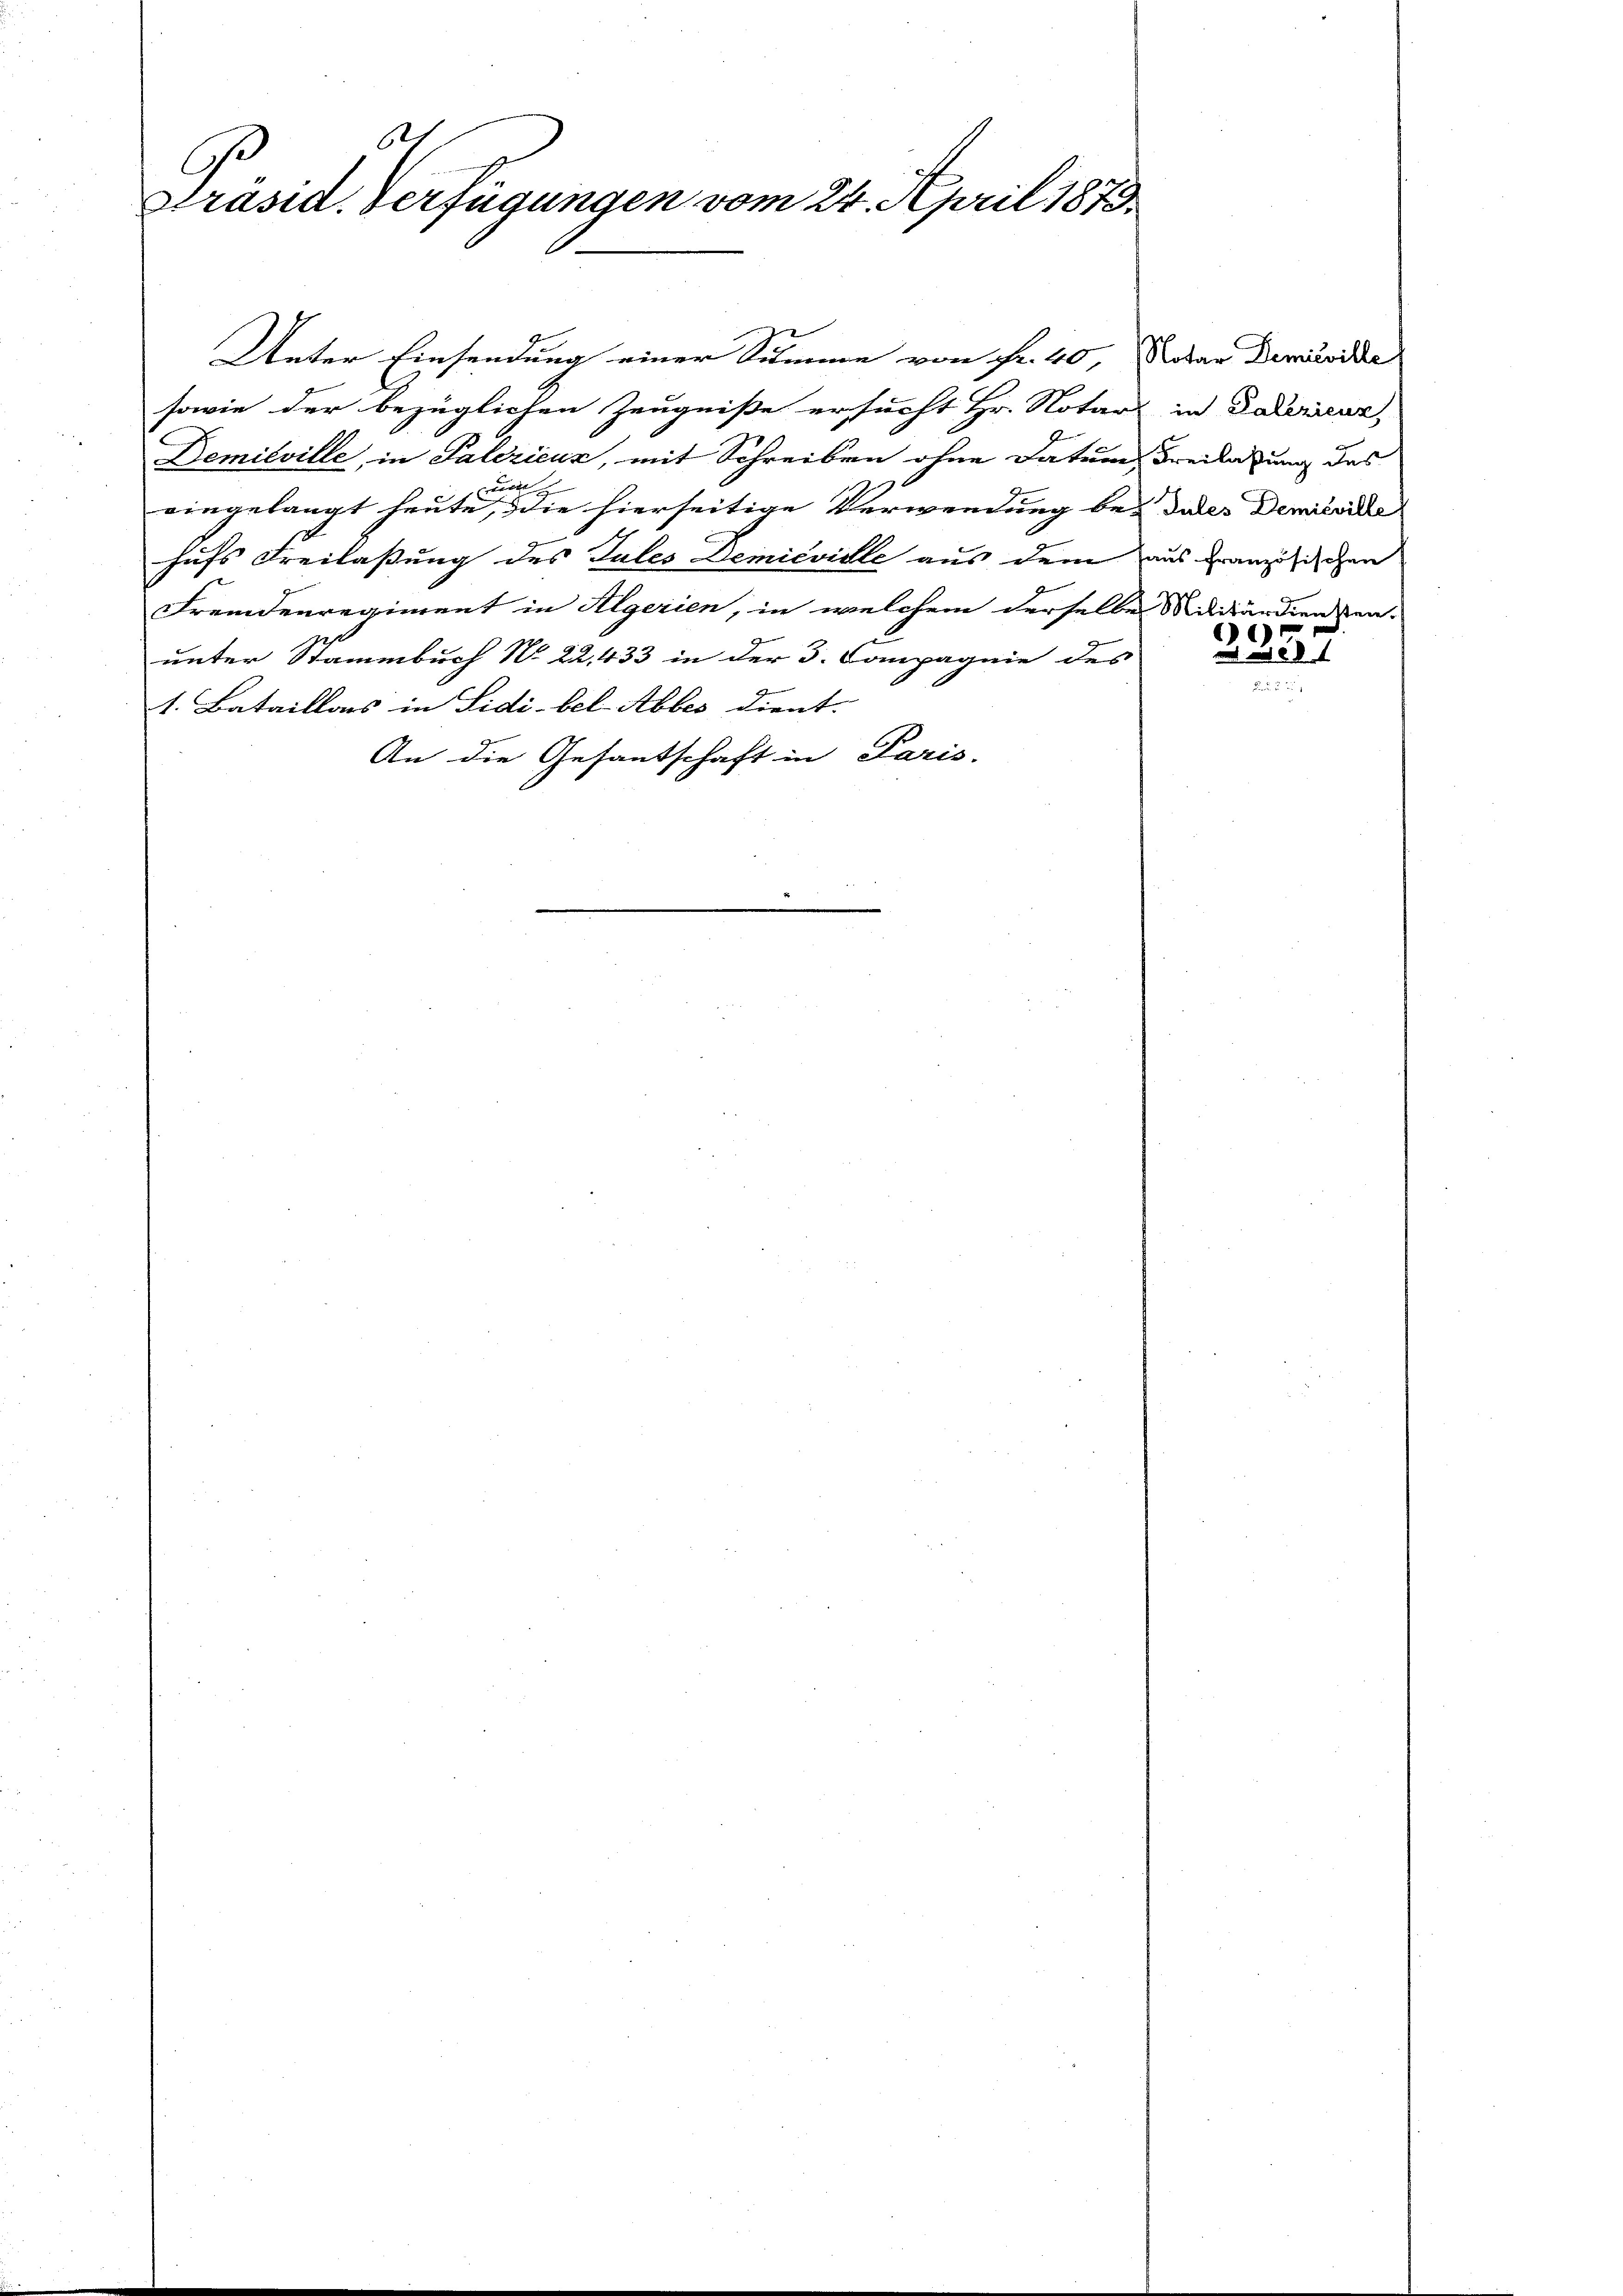
B
C
Präsid. Verfügungen vom 24. April 1873

Unter Einsendung einer Summe von Fr. 40, Notar Demuvidie
sowie der bezüglichen Zeugniße ersucht Hr. Notar in Datoricar,
Demieville, in Palezieux, mit Schreiben ohne Datum, Freilasung des
wärt
eingelangt heute, die hierseitige Verwendung bei dalle Demisside
hufs Freilaßung des Tales Demieviele aus dem aus französischen
Fremdenregiment in Algerien, in welchem derselbe Militärdienen-
unter Stammbuch N. 22,433 in der 3. Compagnie des
g
1. Bataillons in Sidi-bel-Abbes dient.
An die Gesantschaft in Paris.

7
 22